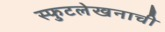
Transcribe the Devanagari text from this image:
स्फुटलेखनाची